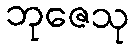
ဘုဇေသု